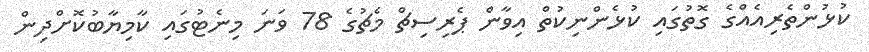
ކުޅުންތެރިއެއްގެ ގޮތުގައި ކުޅެންނިކުތް އިވާން ޕެރިސިޗް މެޗުގެ 78 ވަނަ މިނެޓުގައި ކާމިޔާބުކޮށްދިން